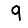
Digit: 9